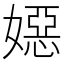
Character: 𡢇